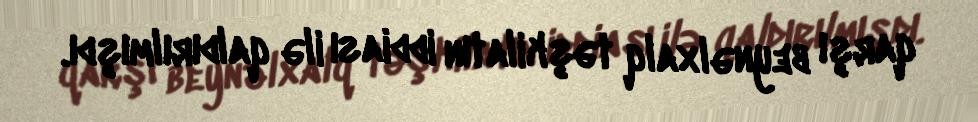
qarşı beynəlxalq təşkilatın iddiası ilə qaldırılmışdı.